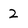
Character: 2